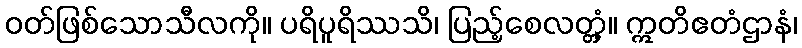
ဝတ်ဖြစ်သောသီလကို။ ပရိပူရိဿသိ၊ ပြည့်စေလတ္တံ့။ ဣတိဧတံဌာနံ၊